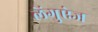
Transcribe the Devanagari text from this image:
लेंगुऐज